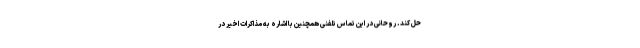
حل کند. روحانی در این تماس تلفنی همچنین با اشاره به مذاکرات اخیر در